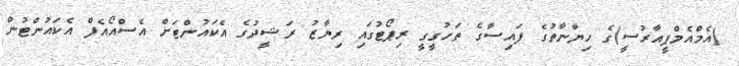
(އެމްއެމްޕީއާރުސީ)ގެ ހިޔާނާތުގެ ފައިސާގެ ތަހުގީގީ ރިޕޯޓުގައި ރިޔާޒު ރަޝީދުގެ އެކައުންޓަށް އެސްއޯއެފް އެކައުންޓުން